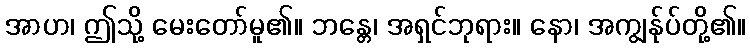
အာဟ၊ ဤသို့ မေးတော်မူ၏။ ဘန္တေ၊ အရှင်ဘုရား။ နော၊ အကျွန်ုပ်တို့၏။